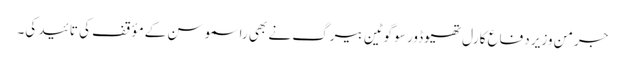
جرمن وزیر دفاع کارل تھیوڈور سو گوٹین بیرگ نے بھی راسموسن کے مؤقف کی تائید کی۔